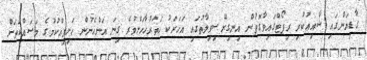
ގާޑިޔަންގައި ޝާއިޢުކުރި ރިޕޯޓްގައިވާގޮތުން އިނގިރޭސިވިލާތުގައި އަހަރަކު ހަތަރުހާހަށްވުރެ ގިނަ އަންހެނުން ހަށިވިއްކުމުގެ މަސައްކަތަށް